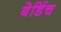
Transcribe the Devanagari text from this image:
बेर्डिच